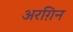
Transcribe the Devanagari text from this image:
अरग़िन